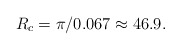
\begin{align*}R_c=\pi/0.067 \approx 46.9.\end{align*}